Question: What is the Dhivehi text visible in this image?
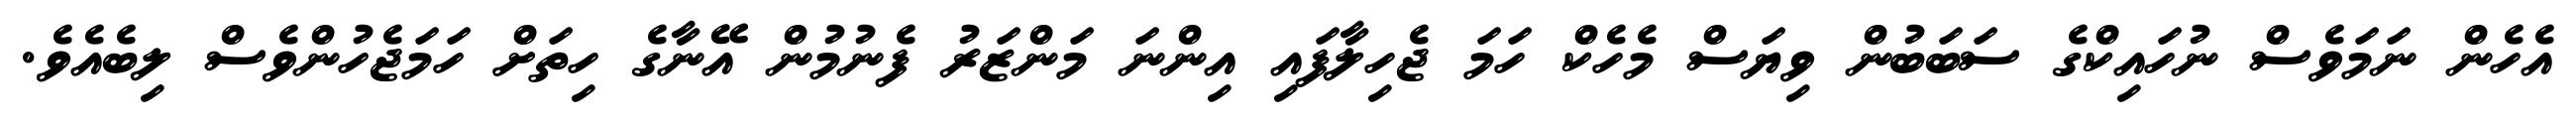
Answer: އެހެން ނަމަވެސް ނުހައިކްގެ ސަބަބުން ވިޔަސް މެހެކް ހަމަ ޖެހިލާފައި އިންނަ މަންޒަރު ފެނުމުން އޭނާގެ ހިތަށް ހަމަޖެހުންވެސް ލިބެއެވެ.